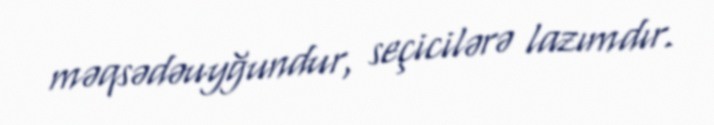
məqsədəuyğundur, seçicilərə lazımdır.